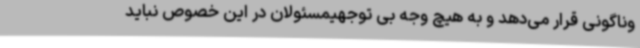
وناگونی قرار می‌دهد و به هیچ وجه بی توجهیمسئولان در این خصوص نباید